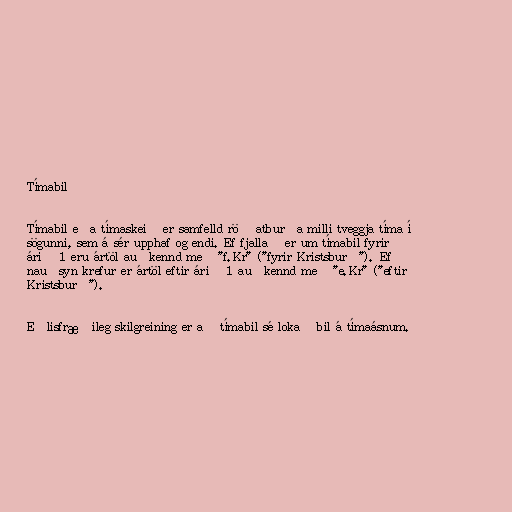
Tímabil

Tímabil eða tímaskeið er samfelld röð atburða milli tveggja tíma í
sögunni, sem á sér upphaf og endi. Ef fjallað er um tímabil fyrir
árið 1 eru ártöl auðkennd með "f.Kr" ("fyrir Kristsburð"). Ef
nauðsyn krefur er ártöl eftir árið 1 auðkennd með "e.Kr" ("eftir
Kristsburð").

Eðlisfræðileg skilgreining er að tímabil sé lokað bil á tímaásnum.